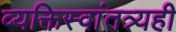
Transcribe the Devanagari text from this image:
व्यक्तिस्वांतत्र्यही